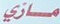
مازي